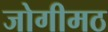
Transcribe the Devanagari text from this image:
जोगीमठ